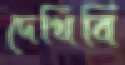
দেখিবি